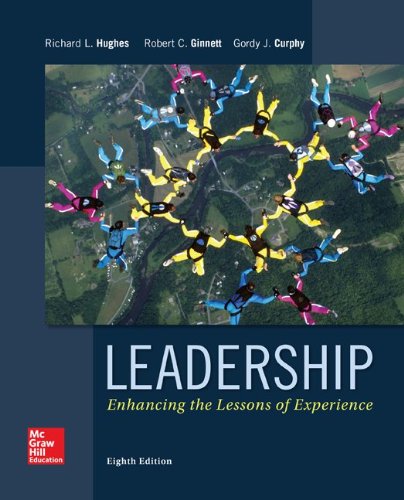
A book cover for Leadership: Enhancing the Lessons of Experience; Richard Hughes; Business & Money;